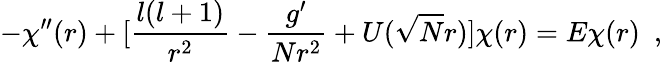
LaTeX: -\chi^{\prime\prime}(r)+[\frac{l(l+1)}{r^{2}}-\frac{g^{\prime}}{Nr^{2}}+U(\sqrt{N}r)]\chi(r)=E\chi(r)\, \, \, ,